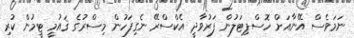
ނަމަވެސް އޭނާއަށް ހޮސްޕިޓަލުން ފަރުވާދީ އެކްސްރޭ ނެގިފަހުން މިސްރުގެ ޤައުމީ ޓީމުން ކުރި